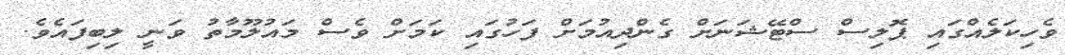
ވެހިކަލެއްގައި ޕޮލިސް ސްޓޭޝަނަށް ގެންދިއުމަށް ފަހުގައި ކަމަށް ވެސް މައުލޫމާތު ވަނީ ލިބިފައެވެ.